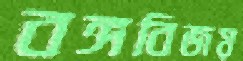
বঙ্গবিজয়